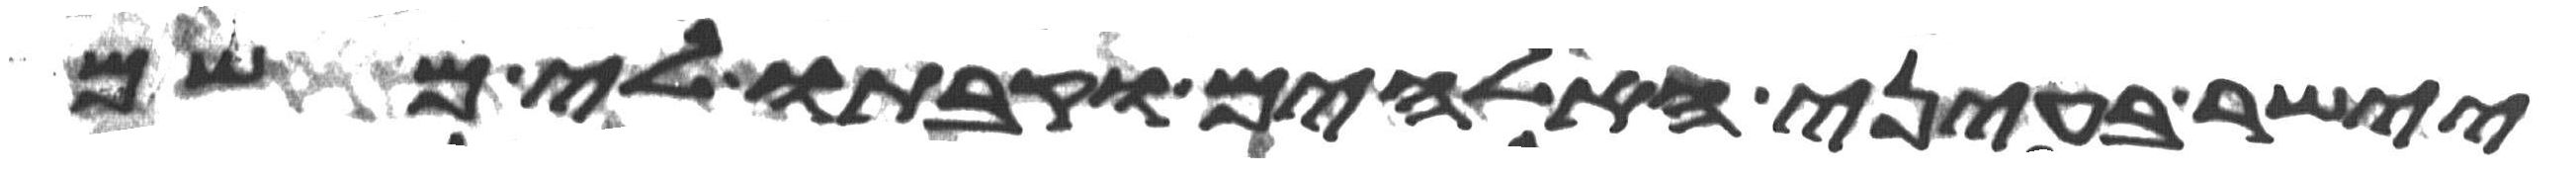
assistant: יישר בעיני האלהים וקבתו לי משם